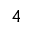
_ 4